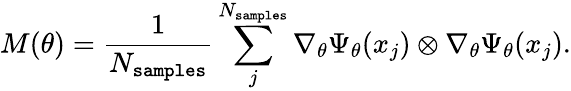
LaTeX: M(\theta)=\frac{1}{N_{\texttt{samples}}}\sum_{j}^{N_{\texttt{samples}}}\nabla_{\theta}\Psi_{\theta}(x_{j})\otimes\nabla_{\theta}\Psi_{\theta}(x_{j}).